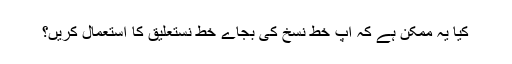
کیا یہ ممکن ہے کہ آپ خط نسخ کی بجاےؑ خط نستعلیق کا استعمال کریں؟